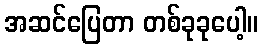
အဆင်ပြေတာ တစ်ခုခုပေါ့။